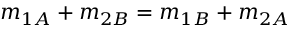
m _ { 1 A } + m _ { 2 B } = m _ { 1 B } + m _ { 2 A }